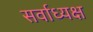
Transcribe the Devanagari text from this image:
सर्वाध्यक्ष